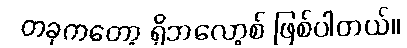
တခုကတော့ ရိုဘလော့စ် ဖြစ်ပါတယ်။